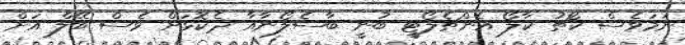
ނަމަވެސް ކޯޗު ކާލޯ އެންޗެލޯޓީ ބުނީ ބާސެލޯނާއާ ދެކޮޅަށް ވެސް ބޭލް އަށް